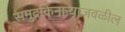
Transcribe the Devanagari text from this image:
समुद्रकिनाऱ्याजवळील